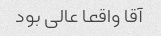
آقا واقعا عالی بود